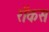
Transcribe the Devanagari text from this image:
रॉकस